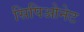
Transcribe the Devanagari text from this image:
सिपिओनेट